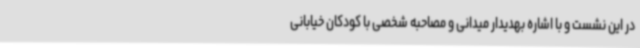
در این نشست و با اشاره بهدیدار میدانی و مصاحبه شخصی با کودکان خیابانی